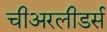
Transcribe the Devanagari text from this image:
चीअरलीडर्स